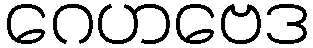
ဂေဟဗေဒ